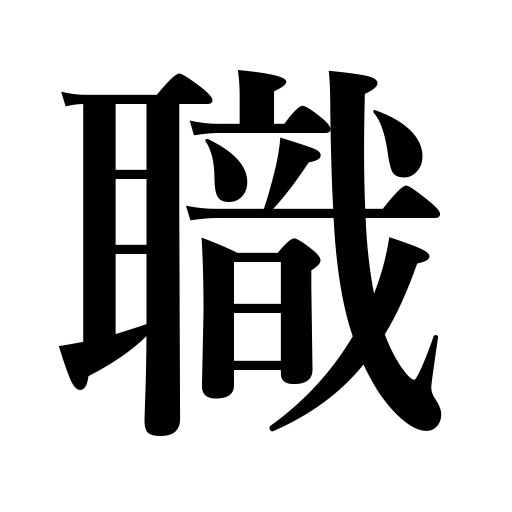
Meanings: employment,office,job,work